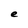
Character: e